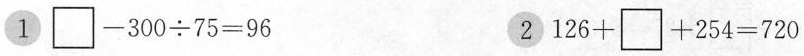
1 $${\Box } - 3 0 0 {\div} 7 5 = 9 6$$ 2 $$1 2 6 + {\Box } + 2 5 4 = 7 2 0$$